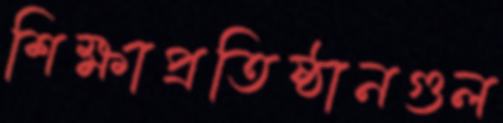
শিক্ষাপ্রতিষ্ঠানগুল